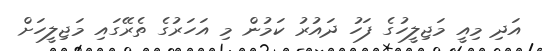
އަދި މިއީ މަޖިލީހުގެ ފަހު ދައުރު ކަމުން މި އަހަރުގެ ތެރޭގައި މަޖިލީހަށް